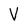
Character: V